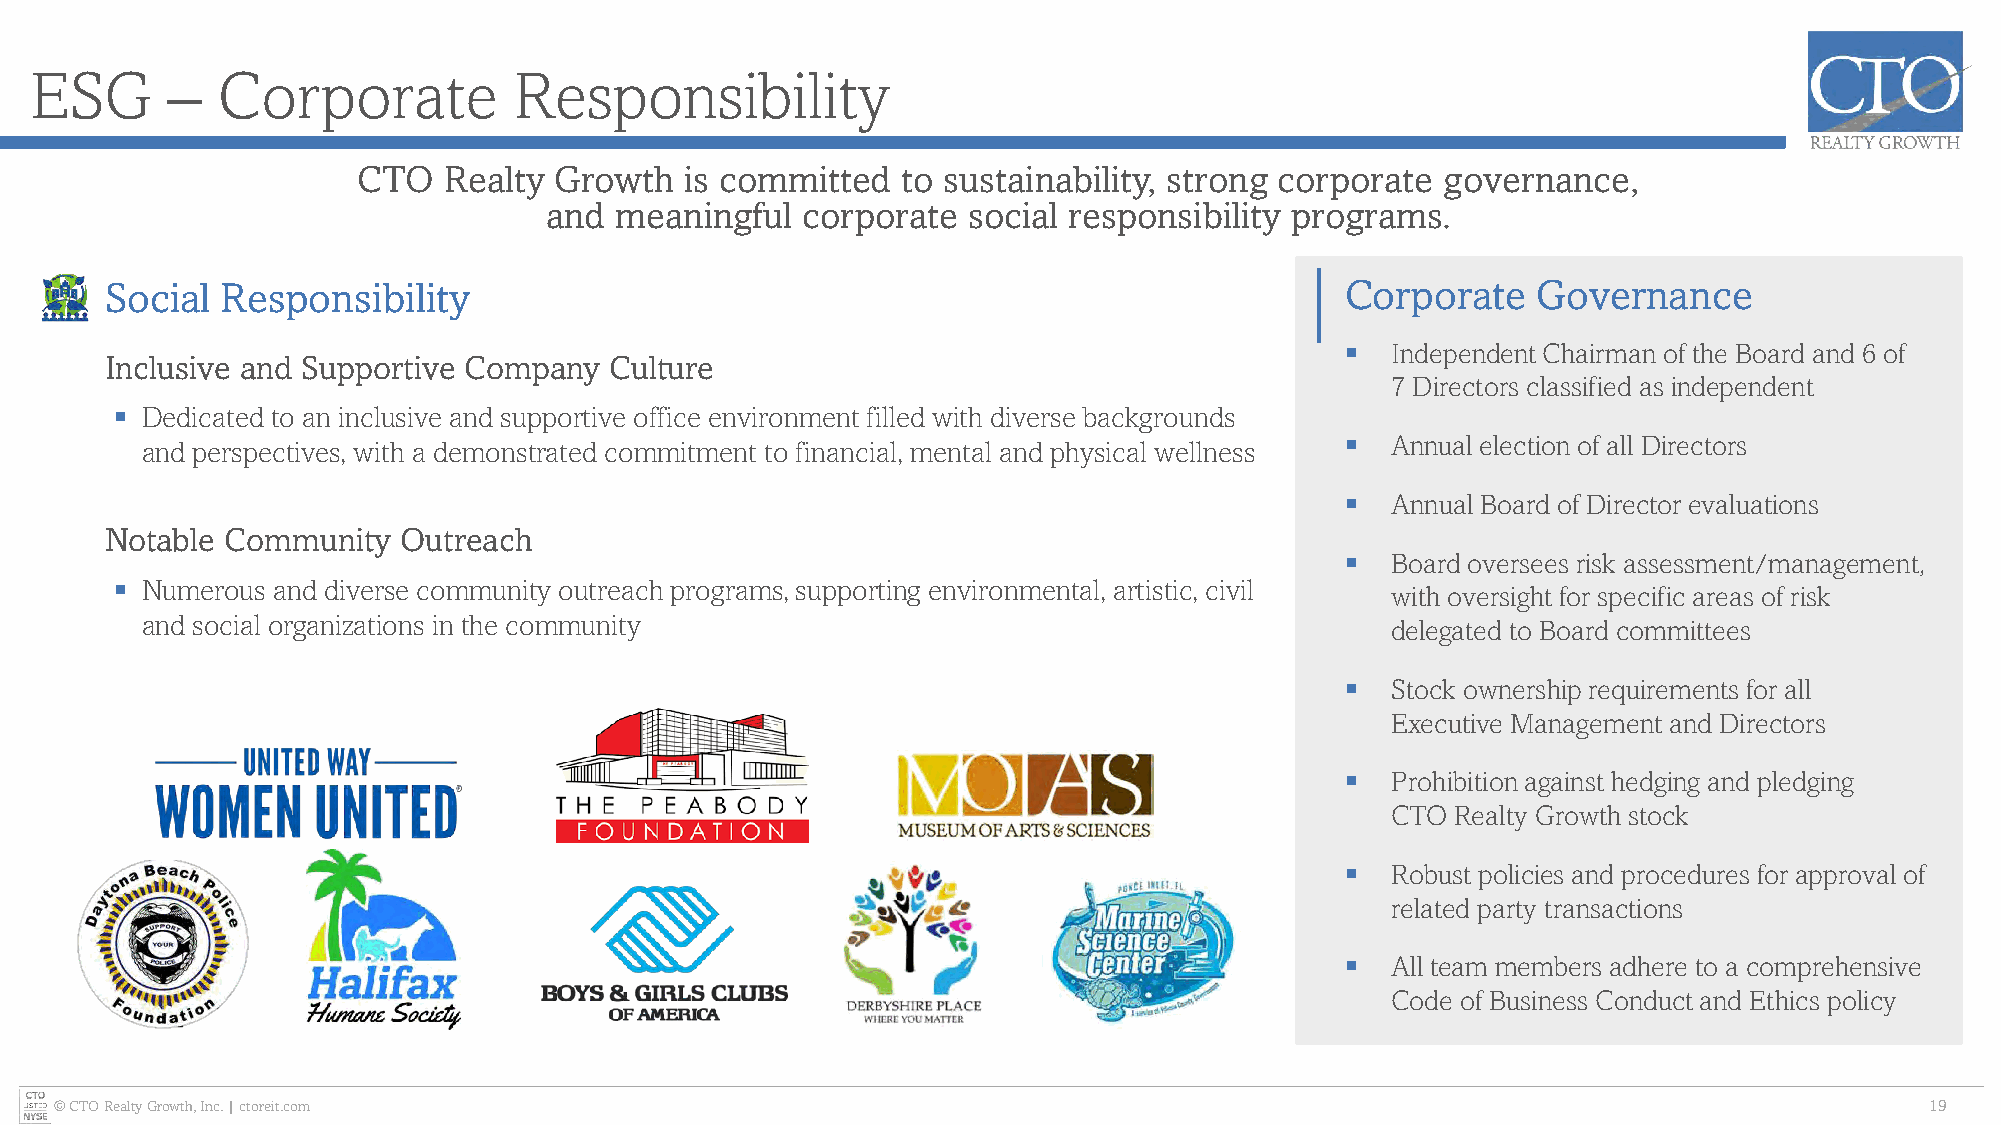
ESG      –  Corporate           Responsibility
 CTO  Realty  Growth  is committed   to sustainability, strong corporate governance,
 and  meaningful  corporate  social responsibility programs.
 Social  Responsibility                                                            Corporate    Governance
 ▪  Independent Chairman of the Board and 6 of
 Inclusive and Supportive Company Culture
 7 Directors classified as independent
 ▪ Dedicated to an inclusive and supportive office environment filled with diverse backgrounds
 ▪  Annual election of all Directors
 and perspectives, with a demonstrated commitment to financial, mental and physical wellness
 ▪  Annual Board of Director evaluations
 Notable Community   Outreach
 ▪  Board oversees risk assessment/management,
 ▪ Numerous and diverse community outreach programs, supporting environmental, artistic, civil
 with oversight for specific areas of risk
 and social organizations in the community                                          delegated to Board committees
 ▪  Stock ownership requirements for all
 Executive Management and Directors
 ▪  Prohibition against hedging and pledging
 CTO Realty Growth stock
 ▪  Robust policies and procedures for approval of
 related party transactions
 ▪  All team members adhere to a comprehensive
 Code of Business Conduct and Ethics policy
 © CTO Realty Growth, Inc. | ctoreit.com                                                                                     19